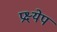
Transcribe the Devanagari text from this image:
प्रक्ष्येप